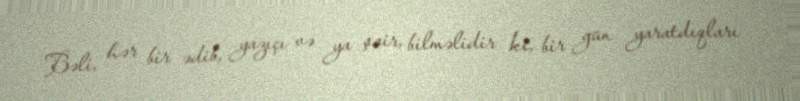
Bəli, hər bir ədib, yazıçı və ya şair, bilməlidir ki, bir gün yaratdıqları